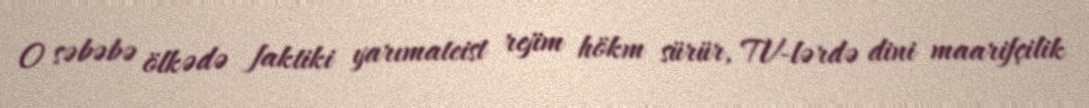
O səbəbə ölkədə faktiki yarımateist rejim hökm sürür, TV-lərdə dini maarifçilik